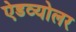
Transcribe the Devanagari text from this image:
ऐडव्योलर